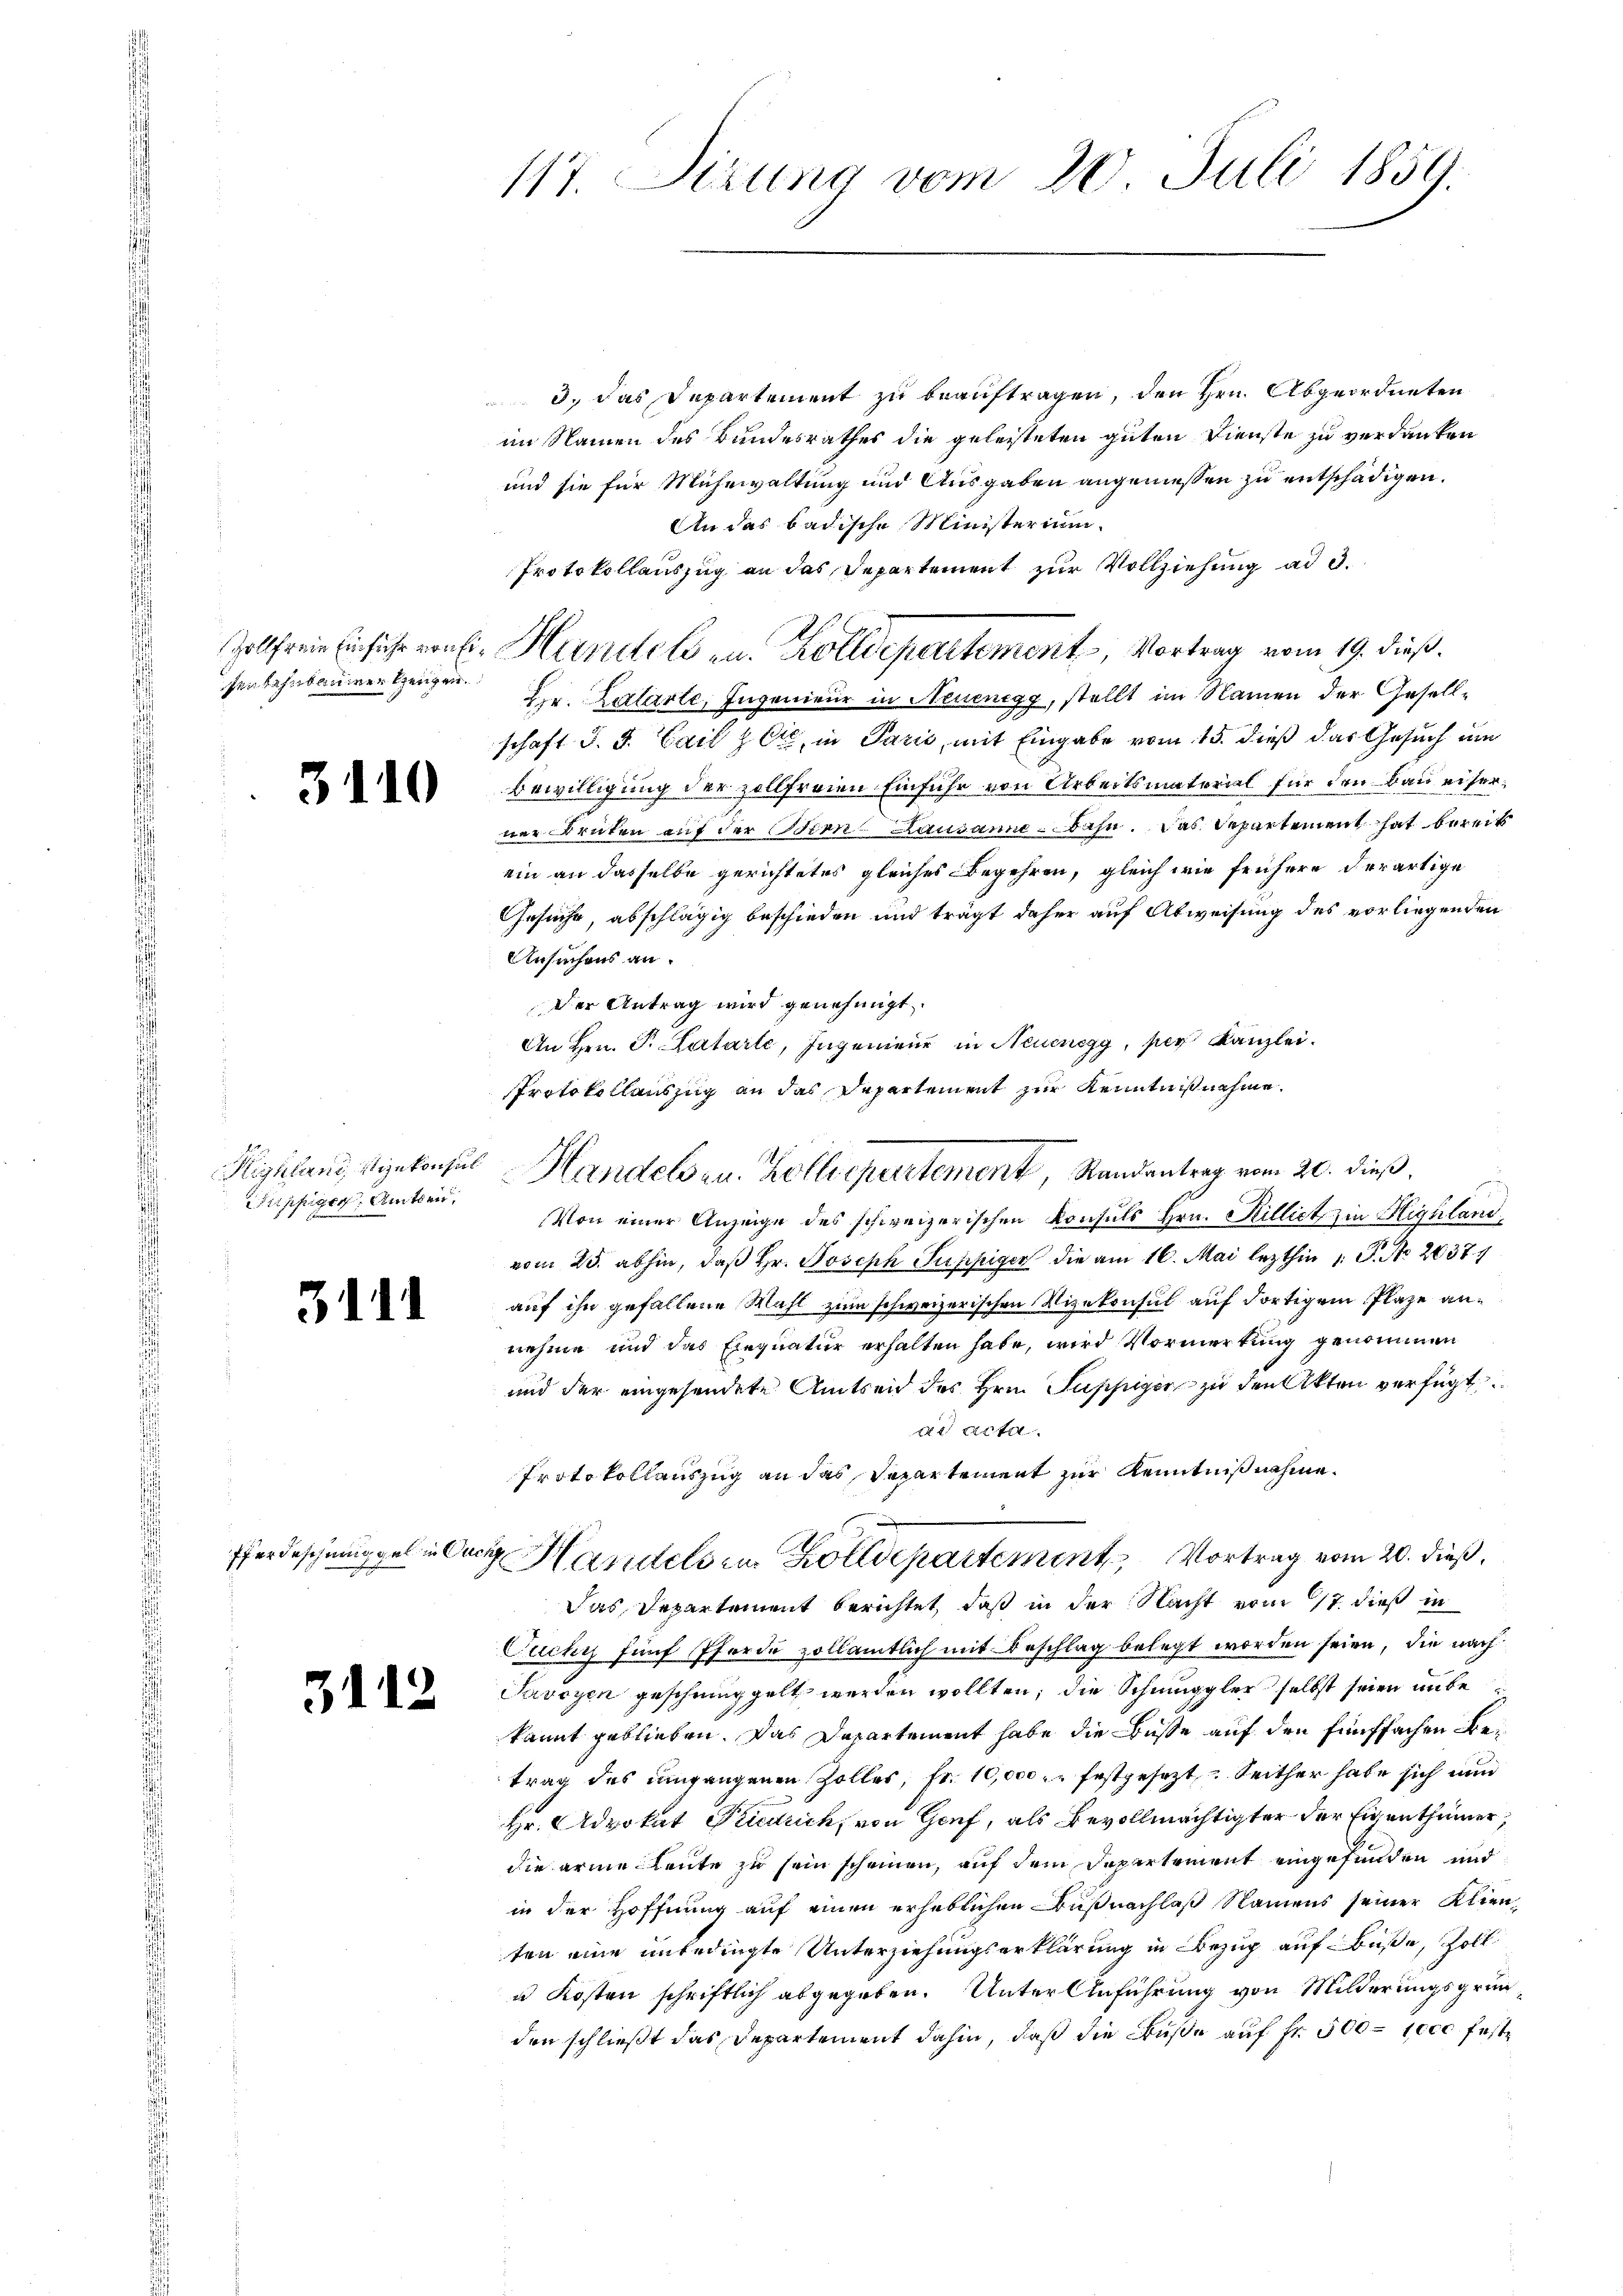
fenbahnbaurer Ereigen.

3110

Filppiger Amtsen,

311

Pferdeschninggel in An¬

312

117. Sizung vom 20. Juli 1859.

3. das Departement zu beauftragen, den Hrn. Abgeordneten
im Namen des Bundesrathes die geleisteten guten Dienste zu verdanken
und sie für Mühewaltung und Ausgaben angemessen zu entschädigen.
An das badische Ministerium
Protokollauszug an das Departement zur Vollziehung ad d.
Hr. Kalarte, Ingenieur in Neuenegg, stellt im Namen der Gesellschaft d. J. Gail zet, in Paris, mit Eingabe vom 15. dieß das Gesuch um
Bewilligung der zollfreien Einfuhr von Arbeitsmatorial für den Bau eiserner Brüten auf der Bern Lausanne - Bahn. Das Departement hat bereits
ein an dasselbe gerichtetes gleiches Begehren, gleich wie frühere derartige
Gesuche, abschlägig beschieden und trägt daher auf Abweisung des vorliegenden
Ansuchens an.
der Antrag wird genehmigt.
An Hrn. P. Katarle, Ingenieur in Neuenegg, per Kanzlei.
Protokollauszug an das Departement zur Kenntnißnahme.
Von einer Anzeige des schweizerischen Konsuls Hrn. Hillict ein Highlandvom 25. abhin, daß Hr. Joseph Puppiger die am 16. Mai lezthin 1. P. No 26371
auf ihn gefallene Wahl zum schweizerischen Vizekonsul auf dortigem Plaze annehme und das Einquatur erhalten habe, wird Vormerkung genommen
und der eingesendete Amtseid des Hrn. Puppiger zu den Akten verfügt
ad acta
Protokollauszug an das Departement zur Kenntnißnahme.
d Handels in Zolldepartement Vortrag vom 20. dieß,
Das Departement berichtet, daß in der Nacht vom 17. dieß in
Ouchy fünf Pferde zollämtlich mit Beschlag belegt worden seien, die nach
Savoyen geschmuggelt werden wollten; die Schmuggler selbst seien unbekannt geblieben. Das Departement habe die Büsse auf den fünffachen Betrag des umgangenen Zolles, fr. 10,000. festgesezt, Seither habe sich nun
Hr. Advokat Friedruck, von Genf, als Bevollmächtigter der Eigenthümer,
die arme Leute zu sein scheinen, auf dem Separtement eingefunden und
in der Hoffnung auf einen erheblichen Küßnachlaß Namens seiner Klienten eine unbedingte Unterziehungserklärung in Bezug auf Buße, Zoll
u Kosten schriftlich abgegeben. Unter Anführung von Milderungsgründen schließt das Departement dahin, daß die Buße auf Fr. 500 – 1000 fest¬

ollfreie Einsiche von Handels an. Zolldepartement, Vortrag vom 19. dieß.

Highlang gekonsul Handelsen. Zolldepartement, Randantrag vom 20. dieß,